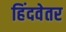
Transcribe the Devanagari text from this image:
हिंदवेतर